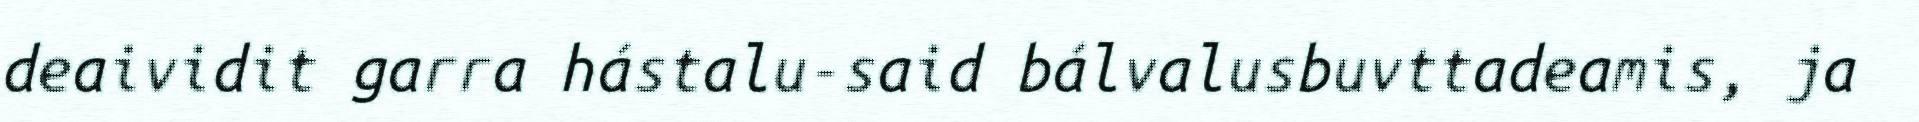
deaividit garra hástalu-said bálvalusbuvttadeamis, ja